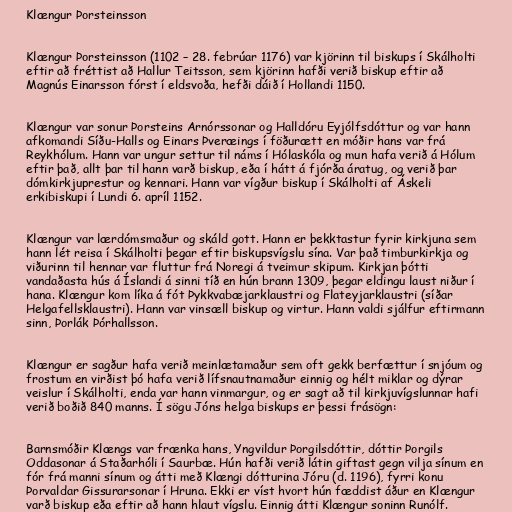
Klængur Þorsteinsson

Klængur Þorsteinsson (1102 – 28. febrúar 1176) var kjörinn til biskups í Skálholti
eftir að fréttist að Hallur Teitsson, sem kjörinn hafði verið biskup eftir að
Magnús Einarsson fórst í eldsvoða, hefði dáið í Hollandi 1150.

Klængur var sonur Þorsteins Arnórssonar og Halldóru Eyjólfsdóttur og var hann
afkomandi Síðu-Halls og Einars Þveræings í föðurætt en móðir hans var frá
Reykhólum. Hann var ungur settur til náms í Hólaskóla og mun hafa verið á Hólum
eftir það, allt þar til hann varð biskup, eða í hátt á fjórða áratug, og verið þar
dómkirkjuprestur og kennari. Hann var vígður biskup í Skálholti af Áskeli
erkibiskupi í Lundi 6. apríl 1152.

Klængur var lærdómsmaður og skáld gott. Hann er þekktastur fyrir kirkjuna sem
hann lét reisa í Skálholti þegar eftir biskupsvígslu sína. Var það timburkirkja og
viðurinn til hennar var fluttur frá Noregi á tveimur skipum. Kirkjan þótti
vandaðasta hús á Íslandi á sinni tíð en hún brann 1309, þegar eldingu laust niður í
hana. Klængur kom líka á fót Þykkvabæjarklaustri og Flateyjarklaustri (síðar
Helgafellsklaustri). Hann var vinsæll biskup og virtur. Hann valdi sjálfur eftirmann
sinn, Þorlák Þórhallsson.

Klængur er sagður hafa verið meinlætamaður sem oft gekk berfættur í snjóum og
frostum en virðist þó hafa verið lífsnautnamaður einnig og hélt miklar og dýrar
veislur í Skálholti, enda var hann vinmargur, og er sagt að til kirkjuvígslunnar hafi
verið boðið 840 manns. Í sögu Jóns helga biskups er þessi frásögn:

Barnsmóðir Klængs var frænka hans, Yngvildur Þorgilsdóttir, dóttir Þorgils
Oddasonar á Staðarhóli í Saurbæ. Hún hafði verið látin giftast gegn vilja sínum en
fór frá manni sínum og átti með Klængi dótturina Jóru (d. 1196), fyrri konu
Þorvaldar Gissurarsonar í Hruna. Ekki er víst hvort hún fæddist áður en Klængur
varð biskup eða eftir að hann hlaut vígslu. Einnig átti Klængur soninn Runólf.